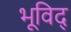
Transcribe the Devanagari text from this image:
भूविद्